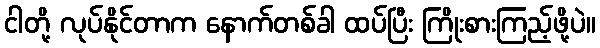
ငါတို့ လုပ်နိုင်တာက နောက်တစ်ခါ ထပ်ပြီး ကြိုးစားကြည့်ဖို့ပဲ။